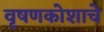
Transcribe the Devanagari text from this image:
वृषणकोशाचे